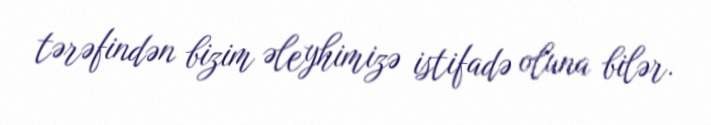
tərəfindən bizim əleyhimizə istifadə oluna bilər.